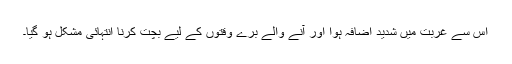
اس سے غربت میں شدید اضافہ ہوا اور آنے والے بُرے وقتوں کے لیے بچت کرنا انتہائی مشکل ہو گیا۔